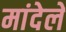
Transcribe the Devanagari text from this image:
मांदेले